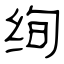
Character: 绚